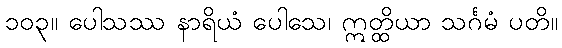
၁၀၃။ ပေါသဿ နာရိယံ ပေါသေ၊ ဣတ္ထိယာ သင်္ဂမံ ပတိ။